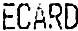
ECARD